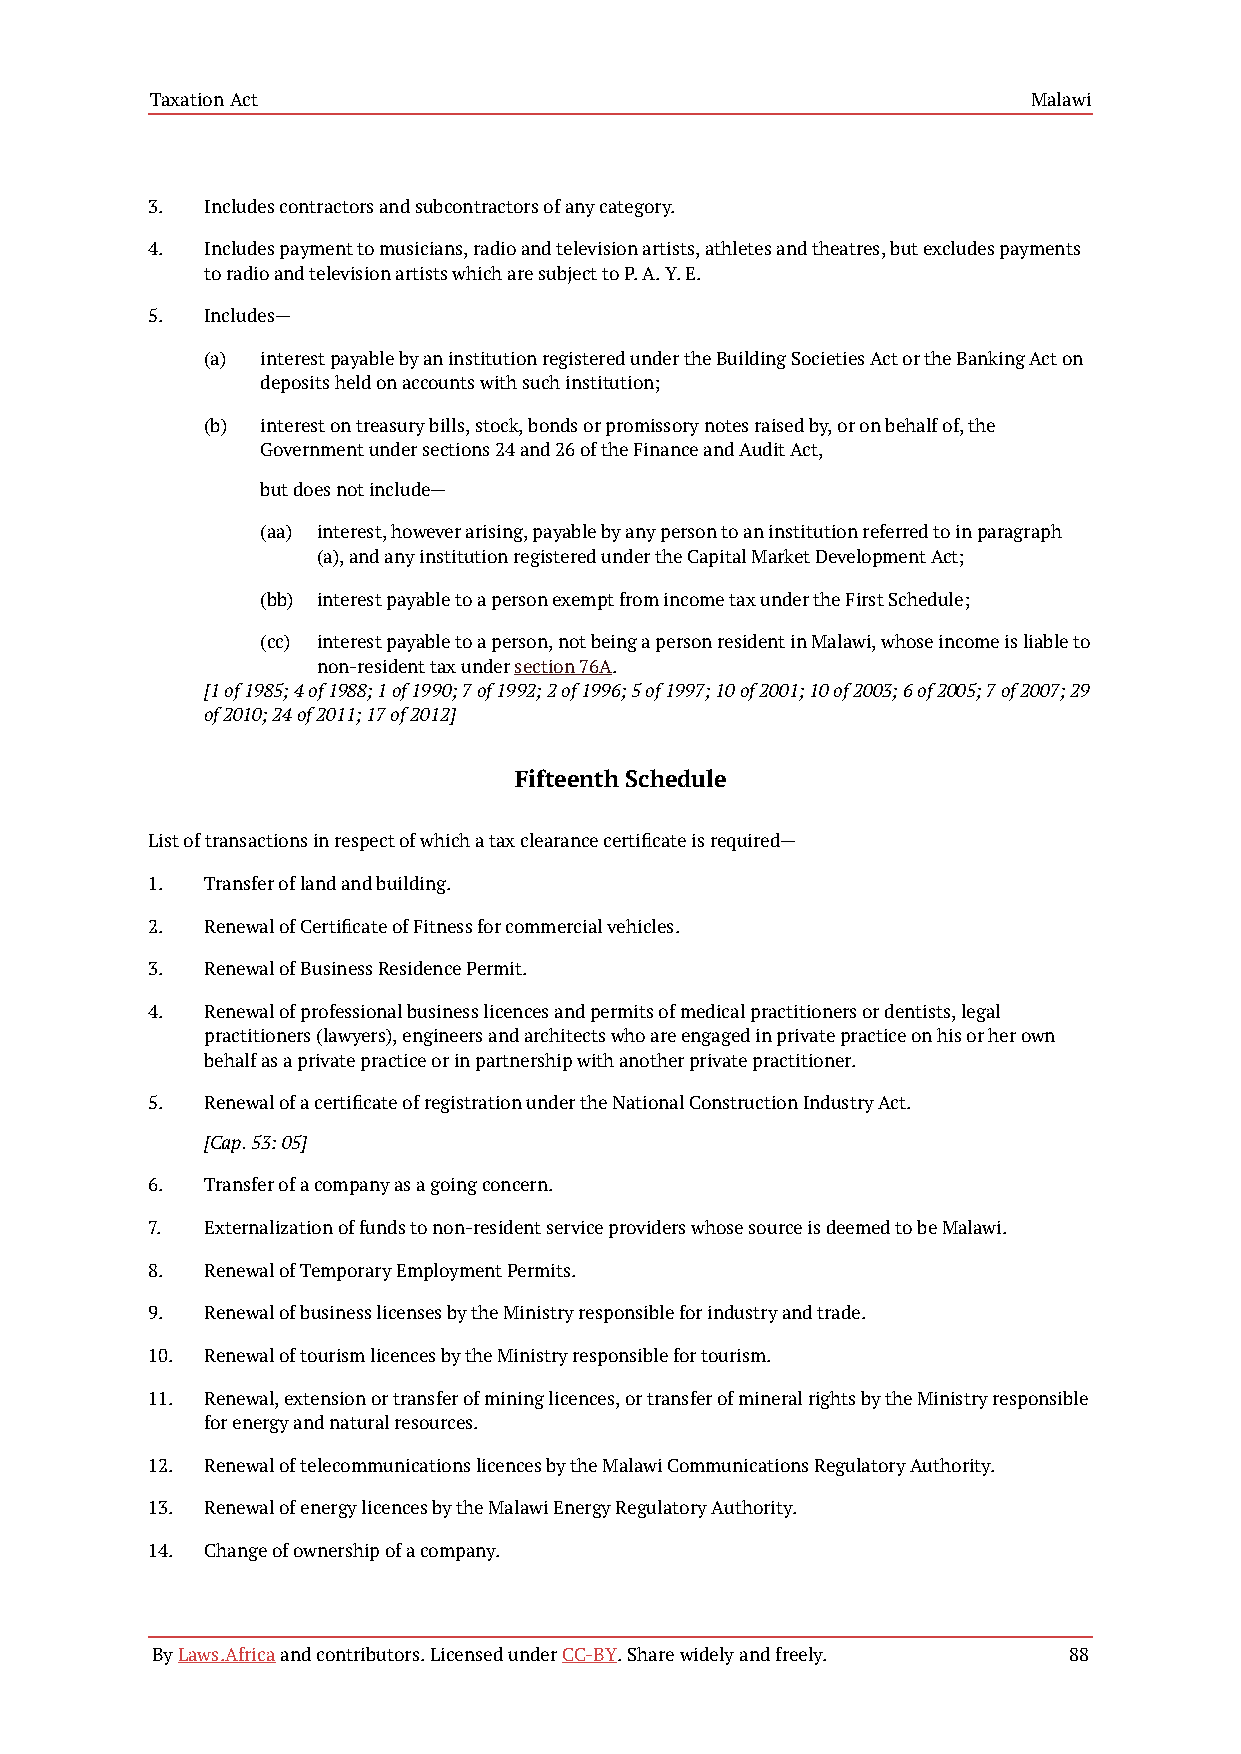
Taxation Act                                              Malawi
 3. Includes contractors and subcontractors of any category.
 4. Includes payment to musicians, radio and television artists, athletes and theatres, but excludes payments
 to radio and television artists which are subject to P. A. Y. E.
 5. Includes—
 (a) interest payable by an institution registered under the Building Societies Act or the Banking Act on
 deposits held on accounts with such institution;
 (b) interest on treasury bills, stock, bonds or promissory notes raised by, or on behalf of, the
 Government under sections 24 and 26 of the Finance and Audit Act,
 but does not include—
 (aa) interest, however arising, payable by any person to an institution referred to in paragraph
 (a), and any institution registered under the Capital Market Development Act;
 (bb) interest payable to a person exempt from income tax under the First Schedule;
 (cc) interest payable to a person, not being a person resident in Malawi, whose income is liable to
 non-resident tax under section 76A.
 [1 of 1985; 4 of 1988; 1 of 1990; 7 of 1992; 2 of 1996; 5 of 1997; 10 of 2001; 10 of 2003; 6 of 2005; 7 of 2007; 29
 of 2010; 24 of 2011; 17 of 2012]
 Fifteenth Schedule
 List of transactions in respect of which a tax clearance certificate is required—
 1. Transfer of land and building.
 2. Renewal of Certificate of Fitness for commercial vehicles.
 3. Renewal of Business Residence Permit.
 4. Renewal of professional business licences and permits of medical practitioners or dentists, legal
 practitioners (lawyers), engineers and architects who are engaged in private practice on his or her own
 behalf as a private practice or in partnership with another private practitioner.
 5. Renewal of a certificate of registration under the National Construction Industry Act.
 [Cap. 53: 05]
 6. Transfer of a company as a going concern.
 7. Externalization of funds to non-resident service providers whose source is deemed to be Malawi.
 8. Renewal of Temporary Employment Permits.
 9. Renewal of business licenses by the Ministry responsible for industry and trade.
 10. Renewal of tourism licences by the Ministry responsible for tourism.
 11. Renewal, extension or transfer of mining licences, or transfer of mineral rights by the Ministry responsible
 for energy and natural resources.
 12. Renewal of telecommunications licences by the Malawi Communications Regulatory Authority.
 13. Renewal of energy licences by the Malawi Energy Regulatory Authority.
 14. Change of ownership of a company.
 By Laws.Africa and contributors. Licensed under CC-BY. Share widely and freely. 88